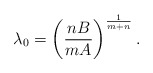
\begin{align*}\lambda_{0}=\left( \frac{nB}{mA}\right) ^{\frac{1}{m+n}}.\end{align*}